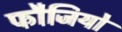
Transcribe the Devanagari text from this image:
फौजियो